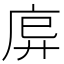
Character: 𫷩